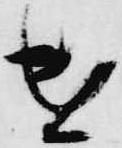
遣